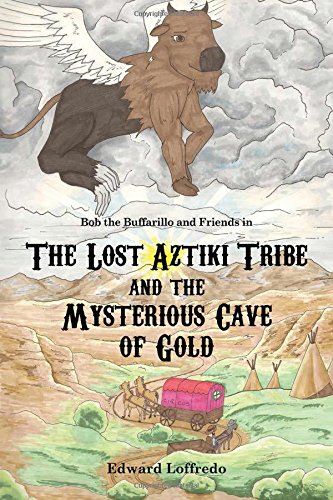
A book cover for Lost Aztiki Tribe and the Mysterious Cave of Gold (Bob the Buffarillo and Friends); Edward Loffredo; Teen & Young Adult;